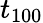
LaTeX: t_{100}